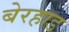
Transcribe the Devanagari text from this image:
बेरहाड